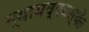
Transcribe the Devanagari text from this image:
न्यायव्ववस्थेत